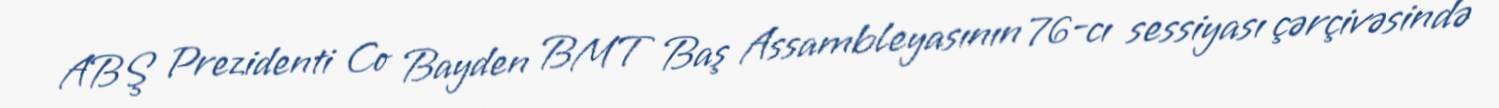
ABŞ Prezidenti Co Bayden BMT Baş Assambleyasının 76-cı sessiyası çərçivəsində